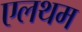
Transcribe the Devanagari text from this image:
एलथम